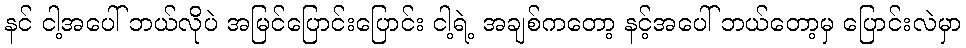
နင် ငါ့အပေါ် ဘယ်လိုပဲ အမြင်ပြောင်းပြောင်း ငါ့ရဲ့ အချစ်ကတော့ နင့်အပေါ် ဘယ်တော့မှ ပြောင်းလဲမှာ